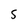
Character: 5